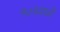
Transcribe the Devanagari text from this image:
१०१मध्ये